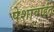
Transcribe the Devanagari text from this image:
पेशावाईत